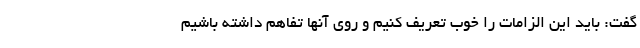
گفت: باید این الزامات را خوب تعریف کنیم و روی آنها تفاهم داشته باشیم